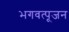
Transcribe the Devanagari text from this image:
भगवत्पूजन